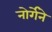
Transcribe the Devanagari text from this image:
नोर्गेने